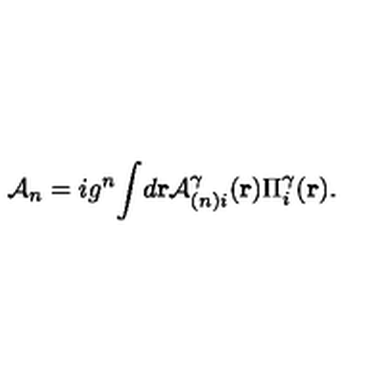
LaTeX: { \cal { A } } _ { n } = i g ^ { n } { \int } d { \bf { r } } { \cal { A } } _ { ( n ) i } ^ { \gamma } ( { \bf { r } } ) \Pi _ { i } ^ { \gamma } ( { \bf { r } } ) .